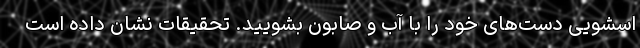
اسشویی دست‌های خود را با آب و صابون بشویید. تحقیقات نشان داده است